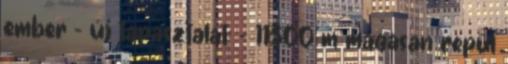
ember - új tapasztalat: - 11300 m magasan repül